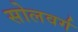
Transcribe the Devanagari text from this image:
सोलवर्ग